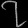
Digit: ၇